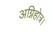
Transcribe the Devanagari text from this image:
अग्निहोत्र।